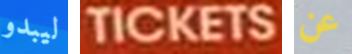
ليبدو TICKETS عن